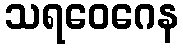
သရဝေဂေန